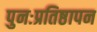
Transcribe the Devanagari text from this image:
पुनःप्रतिष्ठापन